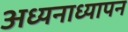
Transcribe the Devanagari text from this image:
अध्यनाध्यापन